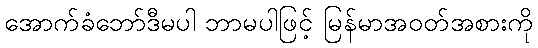
အောက်ခံဘော်ဒီမပါ ဘာမပါဖြင့် မြန်မာအဝတ်အစားကို